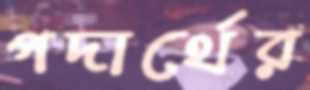
পদার্থের